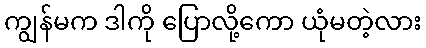
ကျွန်မက ဒါကို ပြောလို့ကော ယုံမတဲ့လား